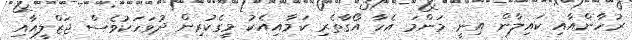
ރުހާންއާއި ކައިލާން އިނީ މަންމަ އެހާ އޯގާތެރި ކަމާއިއެކު މީގެކުރިން ދުވަހަކުވެސް ޖަޒްލީއާއި